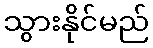
သွားနိုင်မည်